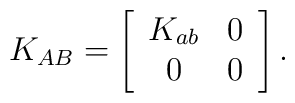
K_{AB} =\left[\begin{array}{cc}K_{ab} & 0\\ 0 & 0 \end{array}\right].